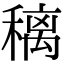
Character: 䅻